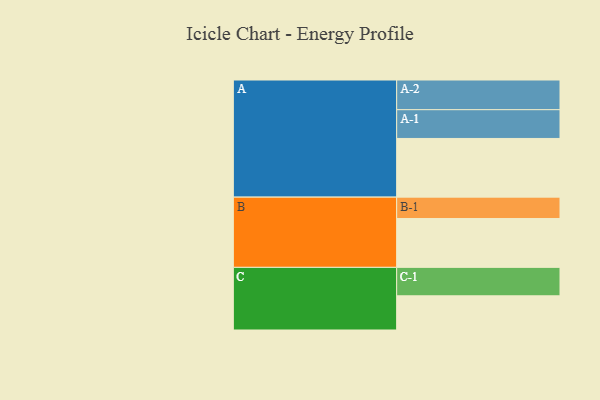
{"axis": {"x": "Segment", "y": "Value"}, "legend": ["", "A", "B", "C"], "data": [{"x": "A", "y": 563, "type": ""}, {"x": "B", "y": 469, "type": ""}, {"x": "C", "y": 328, "type": ""}, {"x": "A-1", "y": 276, "type": "A"}, {"x": "A-2", "y": 285, "type": "A"}, {"x": "B-1", "y": 205, "type": "B"}, {"x": "C-1", "y": 273, "type": "C"}]}